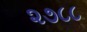
૨૭૮૮